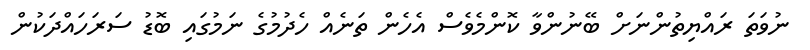
ނުވަތަ ރައްޔިތުންނަށް ބޭނުންވާ ކޮންމެވެސް އެހެން ތަނެއް ހެދުމުގެ ނަމުގައި ބޮޑު ސަރަހައްދަކުން